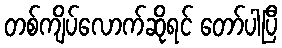
တစ်ကျိပ်လောက်ဆိုရင် တော်ပါပြီ